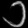
Digit: ၁